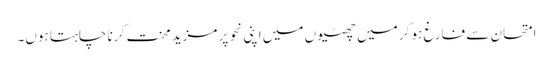
امتحان سے فارغ ہو کر میں چھٹیوں میں اپنی نحو پر مزید محنت کرنا چاہتا ہوں۔